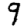
Digit: 9